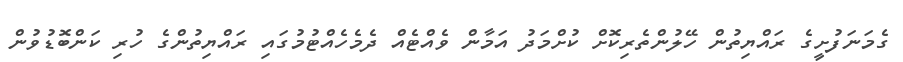
ގެމަނަފުށީގެ ރައްޔިތުން ހޭލުންތެރިކޮށް ކުށްމަދު އަމާން ވެއްޓެއް ދެމެހެއްޓުމުގައި ރައްޔިތުންގެ ހުރި ކަންބޮޑުވުން